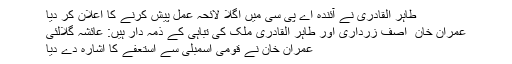
طاہر القادری نے آئندہ اے پی سی میں اگلا لائحہ عمل پیش کرنے کا اعلان کر دیا
عمران خان ٗ آصف زرداری اور طاہر القادری ملک کی تباہی کے ذمہ دار ہیں: عائشہ گلالئی
عمران خان نے قومی اسمبلی سے استعفے کا اشارہ دے دیا